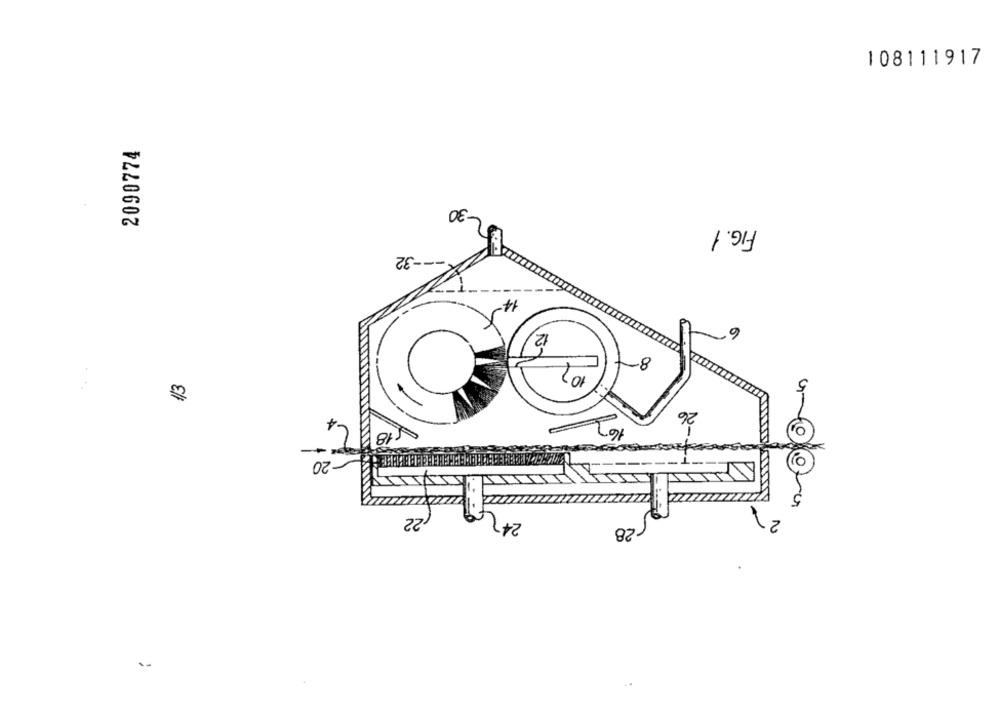
108111917
2090774
30
FIG. 1
32
14-
6
12,
8-
13
26
18
-20
22
24
28
. 2